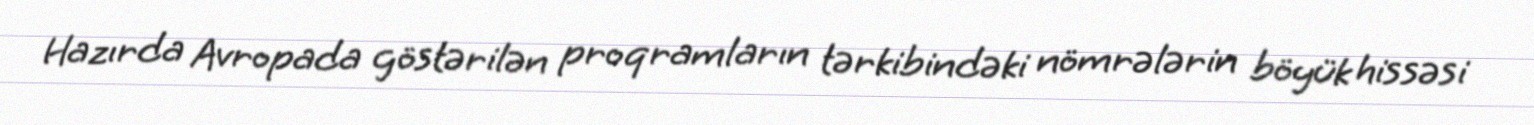
Hazırda Avropada göstərilən proqramların tərkibindəki nömrələrin böyük hissəsi